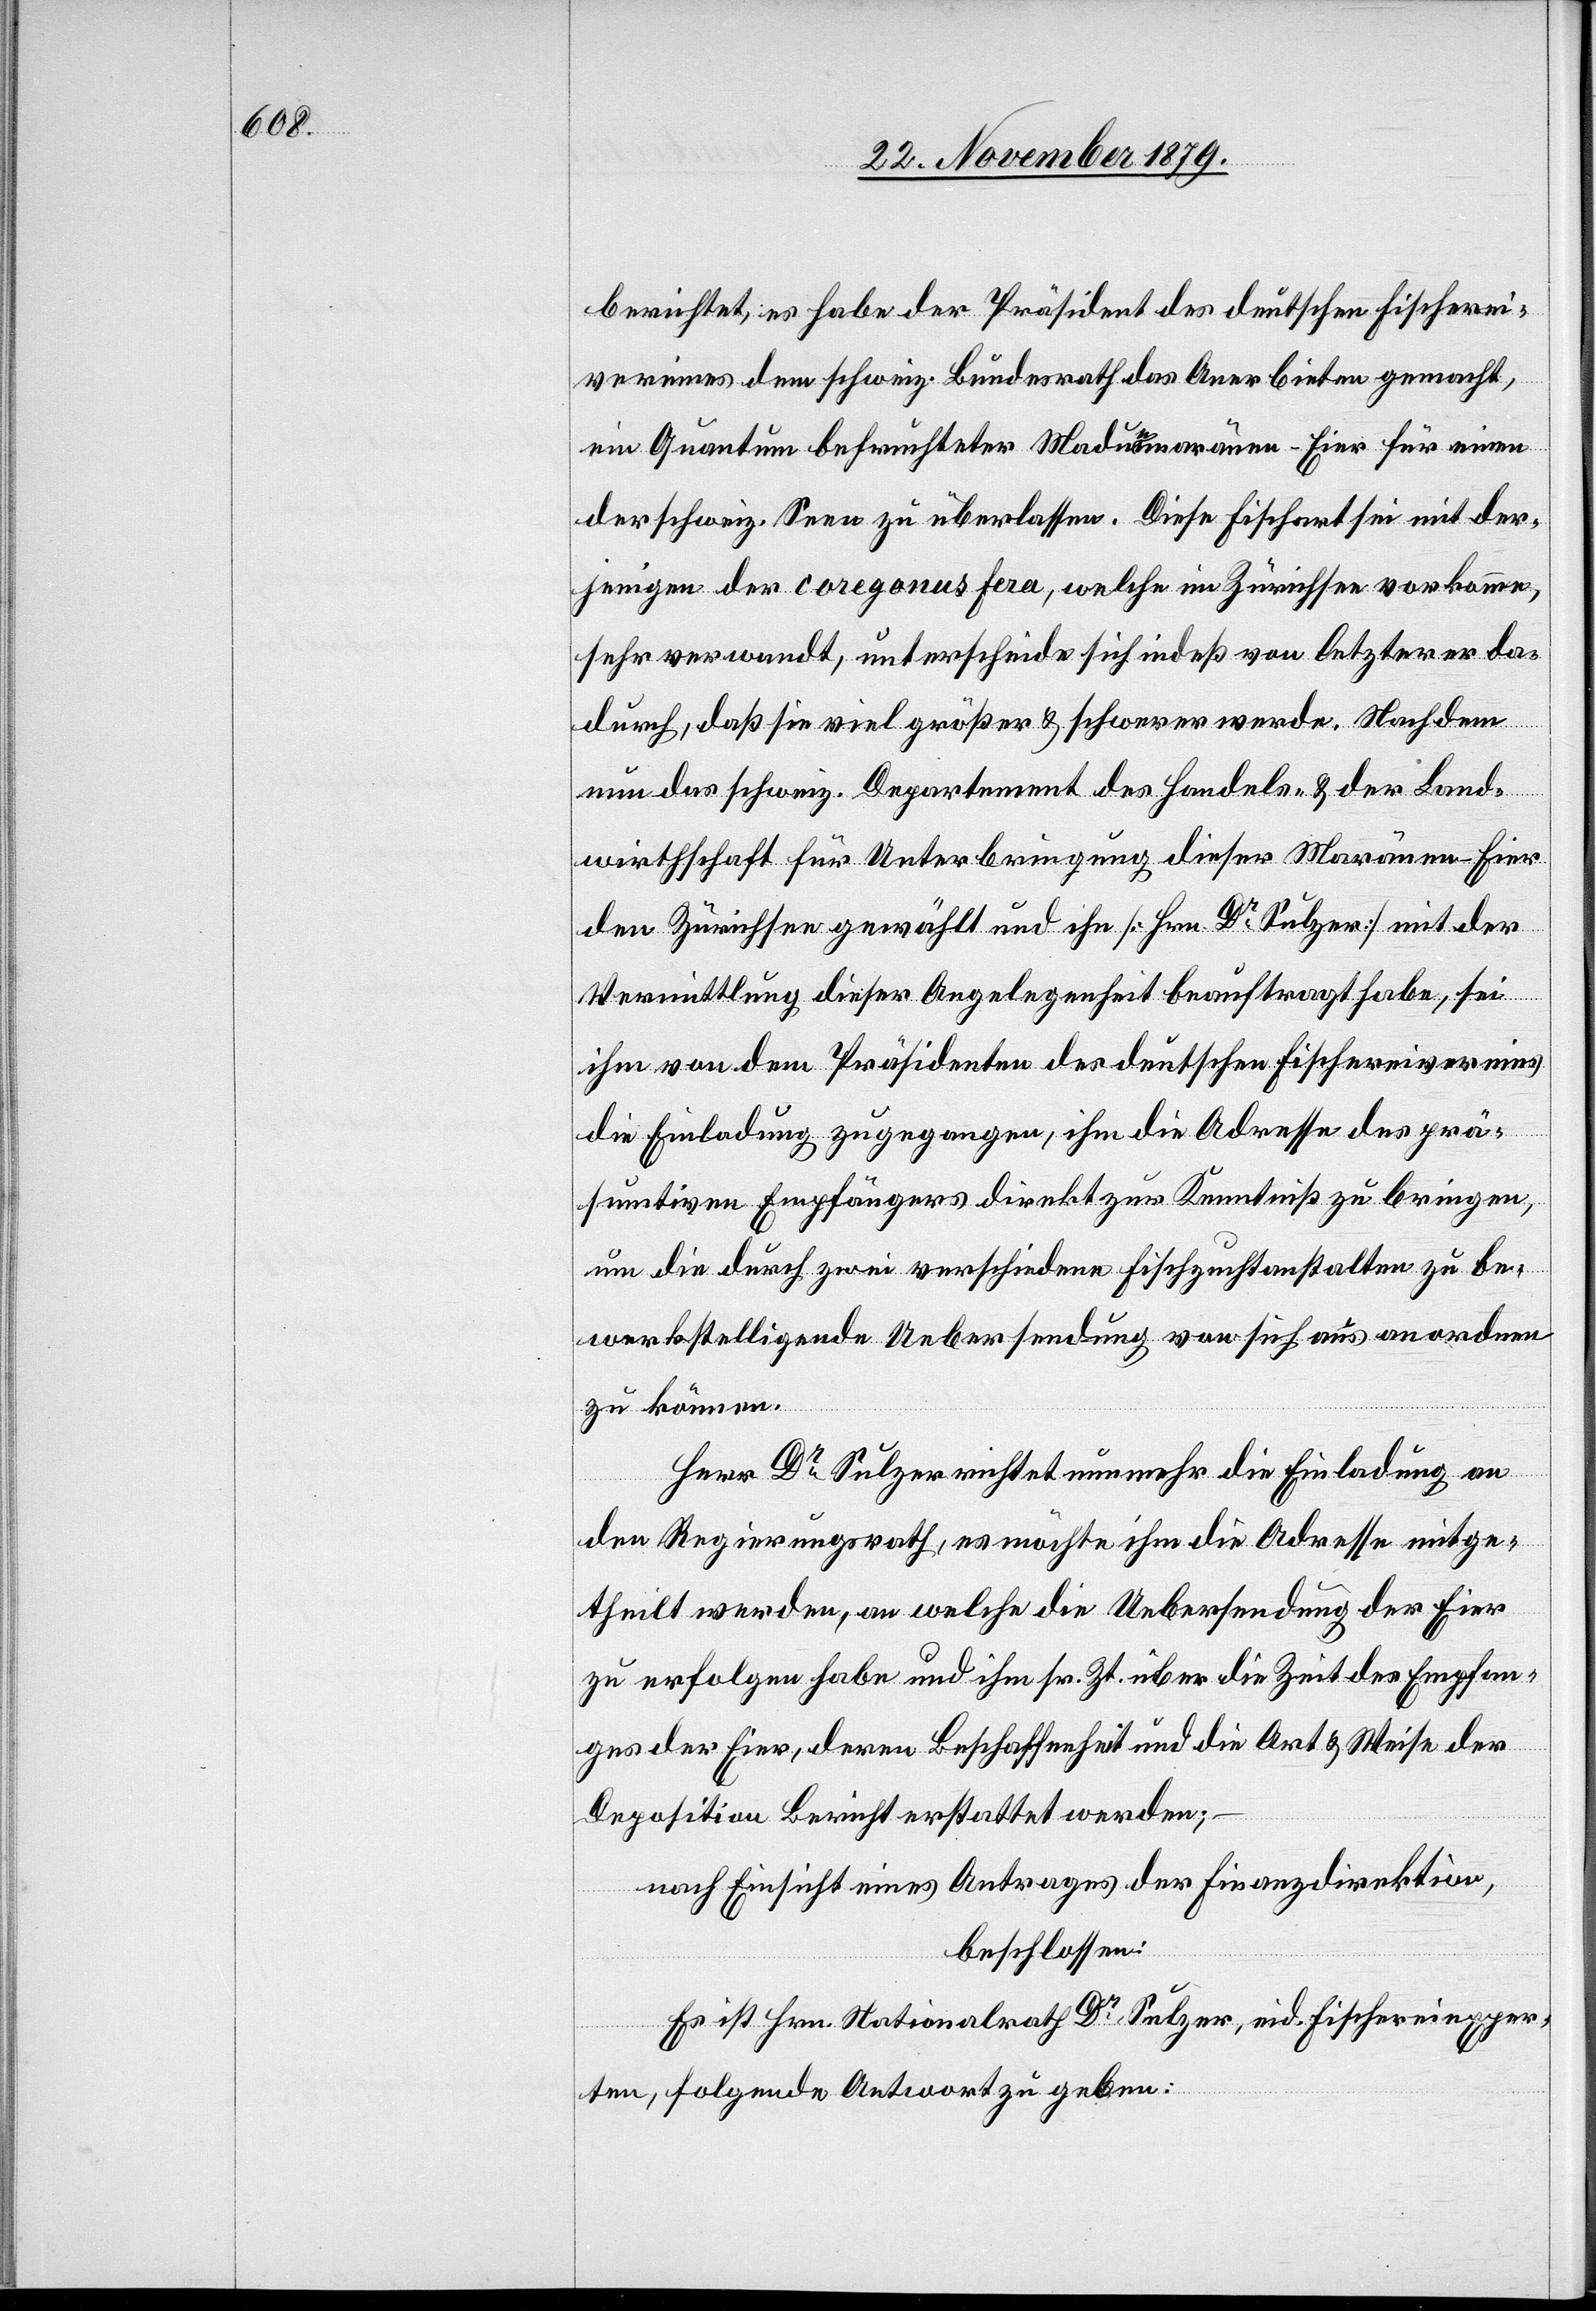
berichtet, es habe der Präsident des deutschen Fischerei¬
vereins dem schweiz. Bundesrath das Anerbieten gemacht,
ein Quantum befruchteter Madurimaränen-Eier für eine
der schweiz. Seen zu überlassen. Diese Fischart sei mit der¬
jenigen der coregonus fera, welche im Zürichsee vorkomme
sehr verwandt, unterscheide sich indeß von letzterer da¬
durch, daß sie viel größer & schwerer werde. Nachdem
nun das schweiz. Departement des Handels- [sic!] & der Land¬
wirthschaft für Unterbringung dieser Maränen-Eier
den Zürichsee gewählt und ihn [Hrn. Dr Sulzer] mit der
Vermittlung dieser Angelegenheit beauftragt habe, sei
ihm von dem Präsidenten des deutschen Fischereivereins
die Einladung zugegangen, ihm die Adresse des prä¬
sumtiven Empfängers direkt zur Kenntniß zu bringen,
um die durch zwei verschiedene Fischzuchtanstalten zu be¬
werkstelligende Uebersendung von sich aus anordnen
zu können.
Herr Dr Sulzer richtet nunmehr die Einladung an
den Regierungsrath, es möchte ihm die Adresse mitge¬
theilt werden, an welche die Uebersendung der Eier
zu erfolgen habe und ihm sr. Zt. über die Zeit des Empfan¬
ges der Eier, deren Beschaffenheit und die Art & Weise der
Deposition Bericht erstattet werden;
nach Einsicht eines Antrages der Finanzdirektion,
beschlossen:
Es ist Hrn. Nationalrat Dr Sulzer, eid. Fischereiexper¬
te, folgende Antwort zu geben: